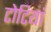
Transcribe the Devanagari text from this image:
टोटियां